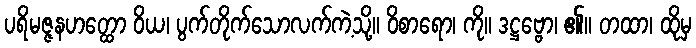
ပရိမဇ္ဇနဟတ္ထော ဝိယ၊ ပွက်တိုက်သောလက်ကဲ့သို့။ ဝိစာရော၊ ကို။ ဒဋ္ဌဗ္ဗော၊ ၏။ တထာ၊ ထိုမှ